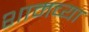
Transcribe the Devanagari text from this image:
शामच्या